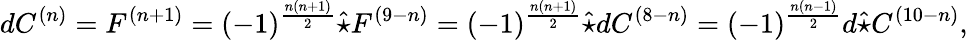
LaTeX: dC^{(n)}=F^{(n+1)}=(-1)^{\frac{n(n+1)}{2}}\hat{\star}F^{(9-n)}=(-1)^{\frac{n(n+1)}{2}}\hat{\star}dC^{(8-n)}=(-1)^{\frac{n(n-1)}{2}}d\hat{\star}C^{(10-n)},